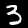
Digit: 3